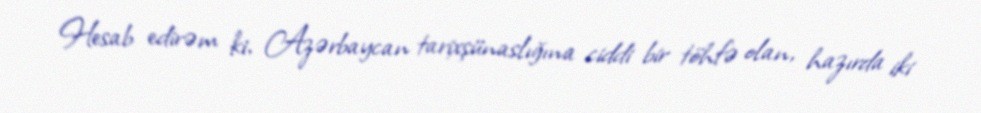
Hesab edirəm ki, Azərbaycan tarixşünaslığına ciddi bir töhfə olan, hazırda iki